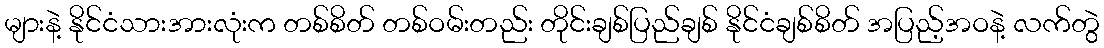
များနဲ့ နိုင်ငံသားအားလုံးက တစ်စိတ် တစ်ဝမ်းတည်း တိုင်းချစ်ပြည်ချစ် နိုင်ငံချစ်စိတ် အပြည့်အဝနဲ့ လက်တွဲ